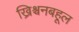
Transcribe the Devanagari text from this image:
ख्रिश्चनबहूल